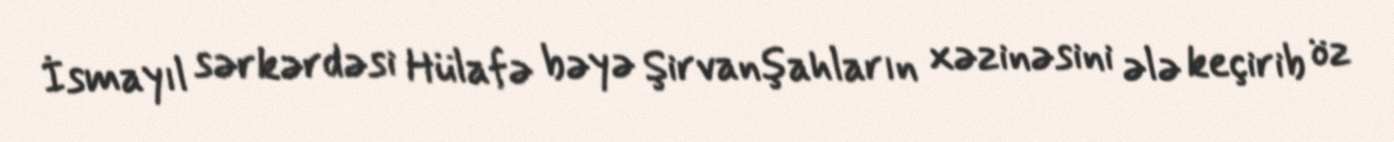
İsmayıl sərkərdəsi Hülafə bəyə Şirvanşahların xəzinəsini ələ keçirib öz